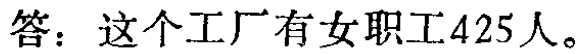
答：这个工厂有女职工425人。